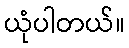
ယုံပါတယ်။